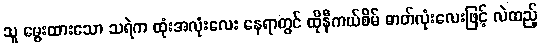
သူ မွေးထားသော သရဲက ထုံးအလုံးလေး နေရာတွင် ထိုနီကယ်စိမ် ဓာတ်လုံးလေးဖြင့် လဲထည့်